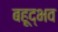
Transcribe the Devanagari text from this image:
बहूद्भव